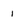
Character: I